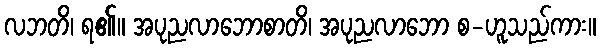
လဘတိ၊ ရ၏။ အပုညလာဘောစာတိ၊ အပုညလာဘော စ-ဟူသည်ကား။